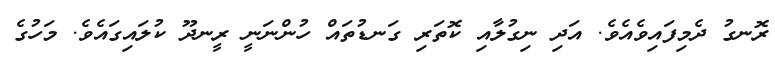
ރޮނގު ދެމިފައިވެއެވެ. އަދި ނިގުލާއި ކޮތަރި ގަނޑުތައް ހުންނަނީ ރީނދޫ ކުލައިގައެވެ. މަހުގެ